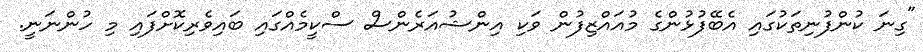
"ގިނަ ކުންފުނިތަކުގައި އެބޭފުޅުންގެ މުއައްޒިފުން ވަކި އިންޝުއަރެންސް ސްކީމެއްގައި ބައިވެރިކޮށްފައި މި ހުންނަނީ.